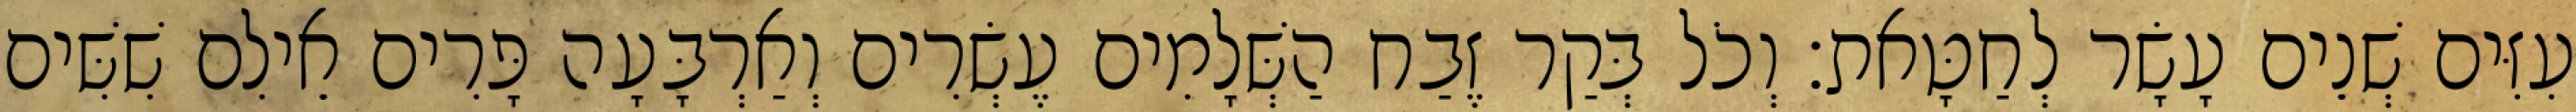
עִזִּים שְׁנֵים עָשָׂר לְחַטָּאת׃ וְכֹל בְּקַר זֶבַח הַשְּׁלָמִים עֶשְׂרִים וְאַרְבָּעָה פָּרִים אֵילִם שִׁשִּׁים